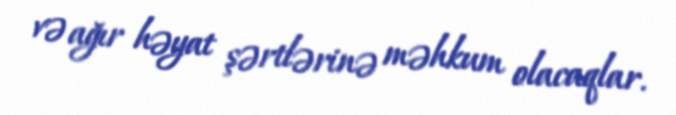
və ağır həyat şərtlərinə məhkum olacaqlar.